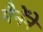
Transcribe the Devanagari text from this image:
मैनेंने